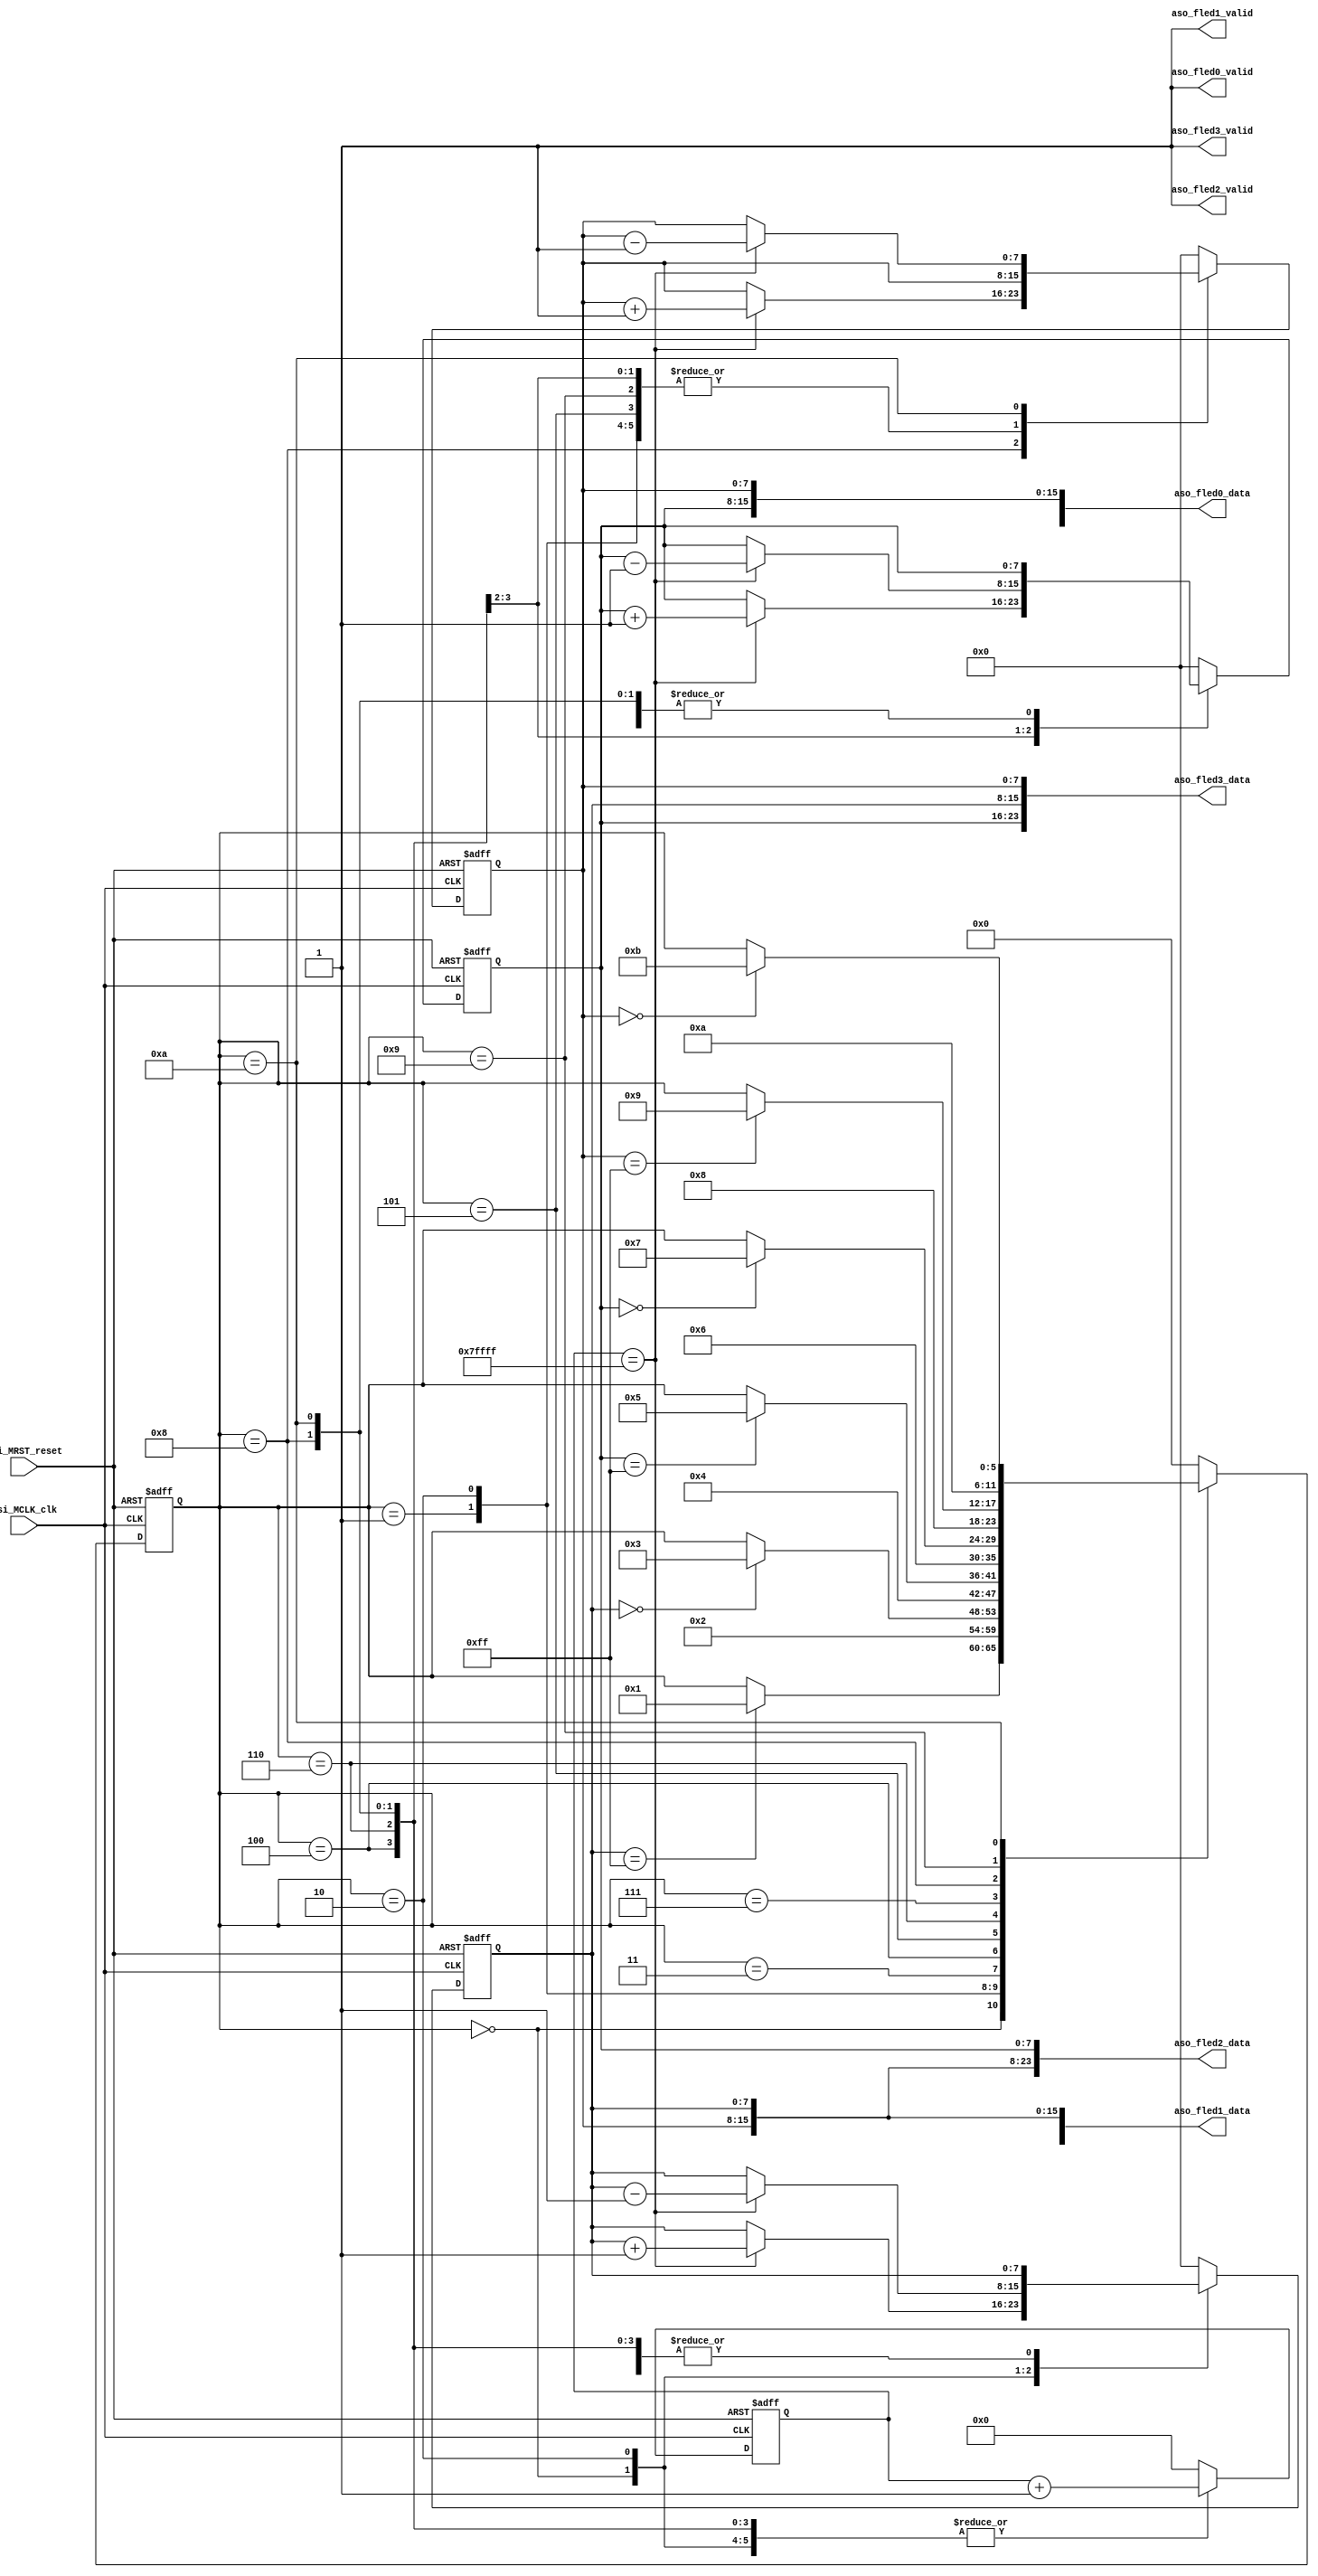
module test_LEDState(
//Avalon System control signal.
input					rsi_MRST_reset,	// reset_n from MCU GPIO
input					csi_MCLK_clk,

//Avalon-ST LED Control.
output	[23:0]	aso_fled0_data,
output				aso_fled0_valid,

//Avalon-ST LED Control.
output	[23:0]	aso_fled1_data,
output				aso_fled1_valid,

//Avalon-ST LED Control.
output	[23:0]	aso_fled2_data,
output				aso_fled2_valid,

//Avalon-ST LED Control.
output	[23:0]	aso_fled3_data,
output				aso_fled3_valid
);

assign	aso_fled0_valid = 1;
assign	aso_fled0_data = {r_cnt, g_cnt, b_cnt};

assign	aso_fled1_valid = 1;
assign	aso_fled1_data = {g_cnt, b_cnt, r_cnt};

assign	aso_fled2_valid = 1;
assign	aso_fled2_data = {b_cnt, r_cnt, g_cnt};

assign	aso_fled3_valid = 1;
assign	aso_fled3_data = {g_cnt, r_cnt, b_cnt};

reg	[5:0]		state;
reg	[7:0]		r_cnt, g_cnt, b_cnt;
reg	[18:0]	delay_cnt;

always@(posedge csi_MCLK_clk or posedge rsi_MRST_reset)
begin
	if(rsi_MRST_reset) begin
		state <= 0;
		r_cnt <= 0;
		g_cnt <= 0;
		b_cnt <= 0;
		delay_cnt <= 0;
	end
	else begin
		case(state)
			0: begin 
				g_cnt <= 0;
				b_cnt <= 0;
				delay_cnt <= delay_cnt + 1;
				if(delay_cnt == 19'h7FFFF) r_cnt <= r_cnt + 1;
				if(r_cnt == 255) state <= 1;
			end
			
			1: begin
				delay_cnt <= 0;
				state <= 2;
			end
			
			2: begin 
				delay_cnt <= delay_cnt + 1;
				if(delay_cnt == 19'h7FFFF) r_cnt <= r_cnt - 1;
				if(r_cnt == 0) state <= 3;
			end
			
			3: begin
				r_cnt <= 0;
				g_cnt <= 0;
				b_cnt <= 0;
				delay_cnt <= 0;
				state <= 4;
			end
			
			4: begin 
				delay_cnt <= delay_cnt + 1;
				if(delay_cnt == 19'h7FFFF) g_cnt <= g_cnt + 1;
				if(g_cnt == 255) state <= 5;
			end
			
			5: begin
				delay_cnt <= 0;
				state <= 6;
			end
			
			6: begin 
				delay_cnt <= delay_cnt + 1;
				if(delay_cnt == 19'h7FFFF) g_cnt <= g_cnt - 1;
				if(g_cnt == 0) state <= 7;
			end
			
			7: begin
				r_cnt <= 0;
				g_cnt <= 0;
				b_cnt <= 0;
				delay_cnt <= 0;
				state <= 8;
			end
			
			8: begin 
				delay_cnt <= delay_cnt + 1;
				if(delay_cnt == 19'h7FFFF) b_cnt <= b_cnt + 1;
				if(b_cnt == 255) state <= 9;
			end
			
			9: begin
				delay_cnt <= 0;
				state <= 10;
			end
			
			10: begin 
				delay_cnt <= delay_cnt + 1;
				if(delay_cnt == 19'h7FFFF) b_cnt <= b_cnt - 1;
				if(b_cnt == 0) state <= 11;
			end
			
			11: begin
				r_cnt <= 0;
				g_cnt <= 0;
				b_cnt <= 0;
				delay_cnt <= 0;
				state <= 0;
			end
			
			default: begin
				state <= 0;
				r_cnt <= 0;
				g_cnt <= 0;
				b_cnt <= 0;
				delay_cnt <= 0;
			end
			
		endcase
	end
end

endmodule